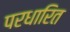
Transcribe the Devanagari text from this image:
परधारित